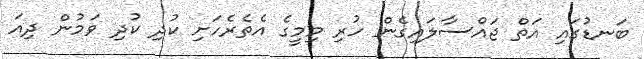
ބަނޑުގައި އަތް ޖައްސާލައިގެން ހުރި މިމީގެ އެތެރެހަށި ކުދި ކުދި ވަމުން ދިއަ